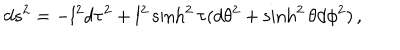
LaTeX: d s ^ { 2 } = - l ^ { 2 } d \tau ^ { 2 } + l ^ { 2 } \sinh ^ { 2 } \tau ( d \theta ^ { 2 } + \sinh ^ { 2 } \theta d \phi ^ { 2 } ) \, ,